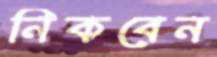
নিকবেন